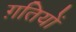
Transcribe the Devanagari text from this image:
ग़तियों